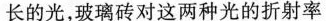
长的光，玻璃砖对这两种光的折射率